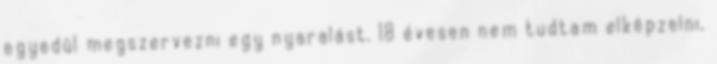
egyedül megszervezni egy nyaralást. 18 évesen nem tudtam elképzelni,